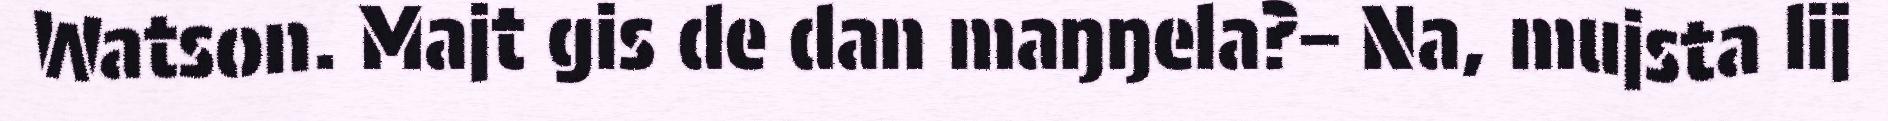
Watson. Majt gis de dan maŋŋela?– Na, mujsta lij